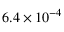
6 . 4 \times 1 0 ^ { - 4 }